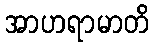
အာဟရာမာတိ